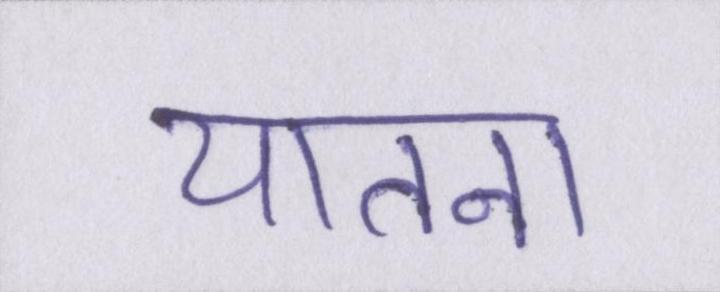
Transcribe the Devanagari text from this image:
यातना